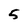
Character: 5